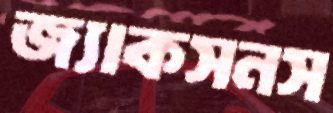
জ্যাকসনস